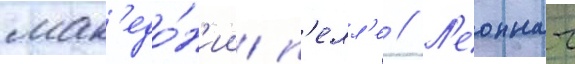
мак'едо́н'ии п'елл'е // Л'еоннат